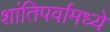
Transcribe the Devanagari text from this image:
शांतिपर्वामध्ये